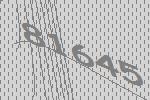
81645